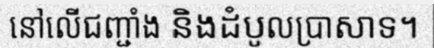
នៅលើជញ្ជាំង និងដំបូលប្រាសាទ។